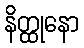
နိတ္ထုနော